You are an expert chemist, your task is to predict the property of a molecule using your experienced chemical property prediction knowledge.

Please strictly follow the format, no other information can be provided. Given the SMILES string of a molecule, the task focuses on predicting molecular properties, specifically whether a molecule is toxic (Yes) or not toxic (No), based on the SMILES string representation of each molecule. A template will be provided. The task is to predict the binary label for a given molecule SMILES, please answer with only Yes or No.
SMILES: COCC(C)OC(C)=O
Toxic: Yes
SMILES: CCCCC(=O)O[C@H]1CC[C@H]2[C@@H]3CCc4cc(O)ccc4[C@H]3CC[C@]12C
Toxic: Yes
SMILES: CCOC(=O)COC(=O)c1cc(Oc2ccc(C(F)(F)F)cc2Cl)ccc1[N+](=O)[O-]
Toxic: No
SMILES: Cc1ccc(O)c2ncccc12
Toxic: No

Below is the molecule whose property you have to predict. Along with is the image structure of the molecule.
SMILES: Cc1ncsc1CCCl
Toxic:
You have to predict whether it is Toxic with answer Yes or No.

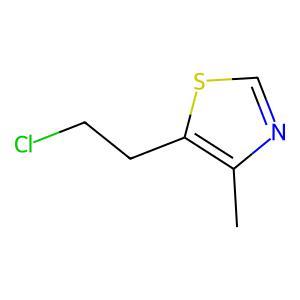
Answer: No